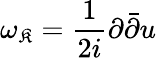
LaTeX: \omega_{\mathfrak{K}}=\frac{{1}}{{2i}}\partial{\bar{{\partial}}}u